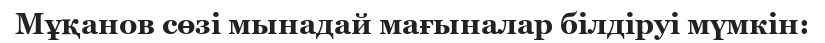
Мұқанов сөзі мынадай мағыналар білдіруі мүмкін: